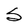
Character: S